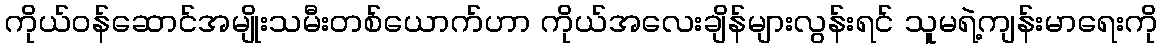
ကိုယ်ဝန်ဆောင်အမျိုးသမီးတစ်ယောက်ဟာ ကိုယ်အလေးချိန်များလွန်းရင် သူမရဲ့ကျန်းမာရေးကို